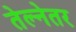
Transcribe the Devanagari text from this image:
तेल्नेतर